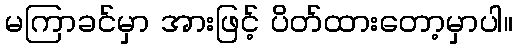
မကြာခင်မှာ အားဖြင့် ပိတ်ထားတော့မှာပါ။